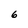
Character: 6